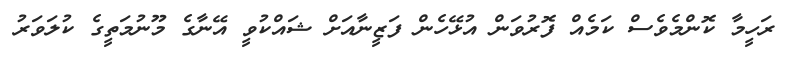
ރަހީމާ ކޮންމެވެސް ކަމެއް ފޮރުވަން އުޅޭހެން ފަޒީނާއަށް ޝައްކުވީ އޭނާގެ މޫނުމަތީގެ ކުލަވަރު